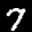
Label: 7